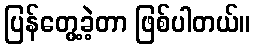
ပြန်တွေ့ခဲ့တာ ဖြစ်ပါတယ်။